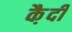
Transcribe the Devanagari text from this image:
कै़दी